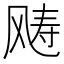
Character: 𩙧